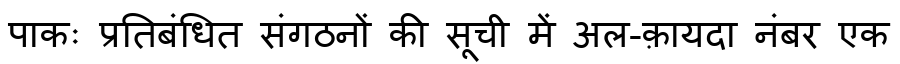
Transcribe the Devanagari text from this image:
पाकः प्रतिबंधित संगठनों की सूची में अल-क़ायदा नंबर एक